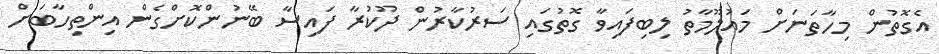
އެގޮތުން މިހާތަނަށް މައުލޫމާތު ލިބިފައިވާ ގޮތުގައި ސަރުކާރުން ދޫކުރާ ފައިސާ ބޭނުންކޮށްގެން އިންތިހާބަށް